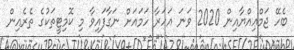
ބެހޭ ޖަމްޢިއްޔާއިން 2020 ވަނަ އަހަރާ ހަމައަށް ނަގާފައިވާ މި ކޮމިޓީތަކުގެ ތެރެއިން